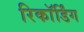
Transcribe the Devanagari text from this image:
रिकाॅर्डिंग